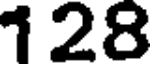
128